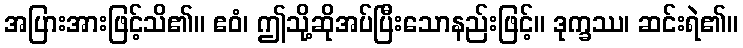
အပြားအားဖြင့်သိ၏။ ဧဝံ၊ ဤသို့ဆိုအပ်ပြီးသောနည်းဖြင့်။ ဒုက္ခဿ၊ ဆင်းရဲ၏။